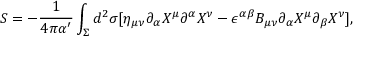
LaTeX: S = - \frac { 1 } { 4 \pi \alpha ^ { \prime } } \int _ { \Sigma } d ^ { 2 } \sigma [ \eta _ { \mu \nu } \partial _ { \alpha } X ^ { \mu } \partial ^ { \alpha } X ^ { \nu } - \epsilon ^ { \alpha \beta } B _ { \mu \nu } \partial _ { \alpha } X ^ { \mu } \partial _ { \beta } X ^ { \nu } ] ,